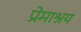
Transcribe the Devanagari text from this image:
प्रेमाश्रय